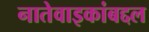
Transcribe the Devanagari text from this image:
नातेवाइकांबद्दल